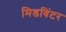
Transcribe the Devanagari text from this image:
मिडविंटर